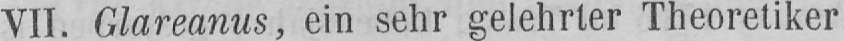
VII. Glareanus, ein sehr gelehrter Theoretiker